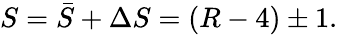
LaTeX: S=\bar{S}+\Delta S=(R-4)\pm 1.